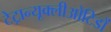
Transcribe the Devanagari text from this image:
टेट्रान्यूक्लीओटिडों